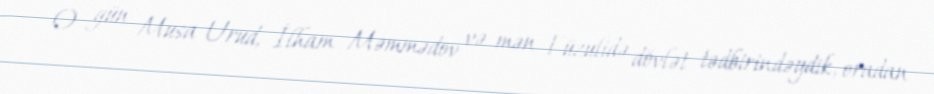
O gün Musa Urud, İlham Məmmədov və mən Füzulidə dövlət tədbirindəydik, oradan